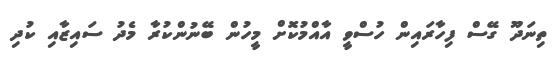
ތިނަދޫ ގޭސް ފިހާރައިން ހުސްވީ އާއްމުކޮށް މީހުން ބޭނުންކުރާ މެދު ސައިޒާއި ކުދި